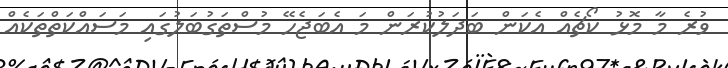
ވުރެ މާ މޮޅު ކޯޗެއް އެކަން ބަދަލުކުރަން މަ އެބަޖެހޭ މުސްތަގުބަލުގައި މަސައްކަތްތަކެއް